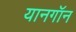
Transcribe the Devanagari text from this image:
यानगॉन